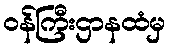
ဝန်ကြီးဌာနထံမှ